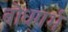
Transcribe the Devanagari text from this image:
बोधगर्भ